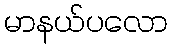
မာနယ်ပလော